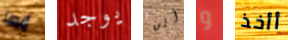
إنها يوجد أين و أأخذ